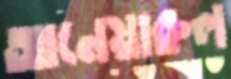
আনেয়ারুল